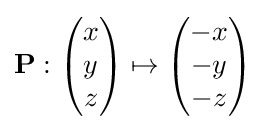
\mathbf {P} :{\begin{pmatrix}x\\y\\z\end{pmatrix}}\mapsto {\begin{pmatrix}-x\\-y\\-z\end{pmatrix}}